Kaarli_(Someru)_vallavalitsus, lk 7
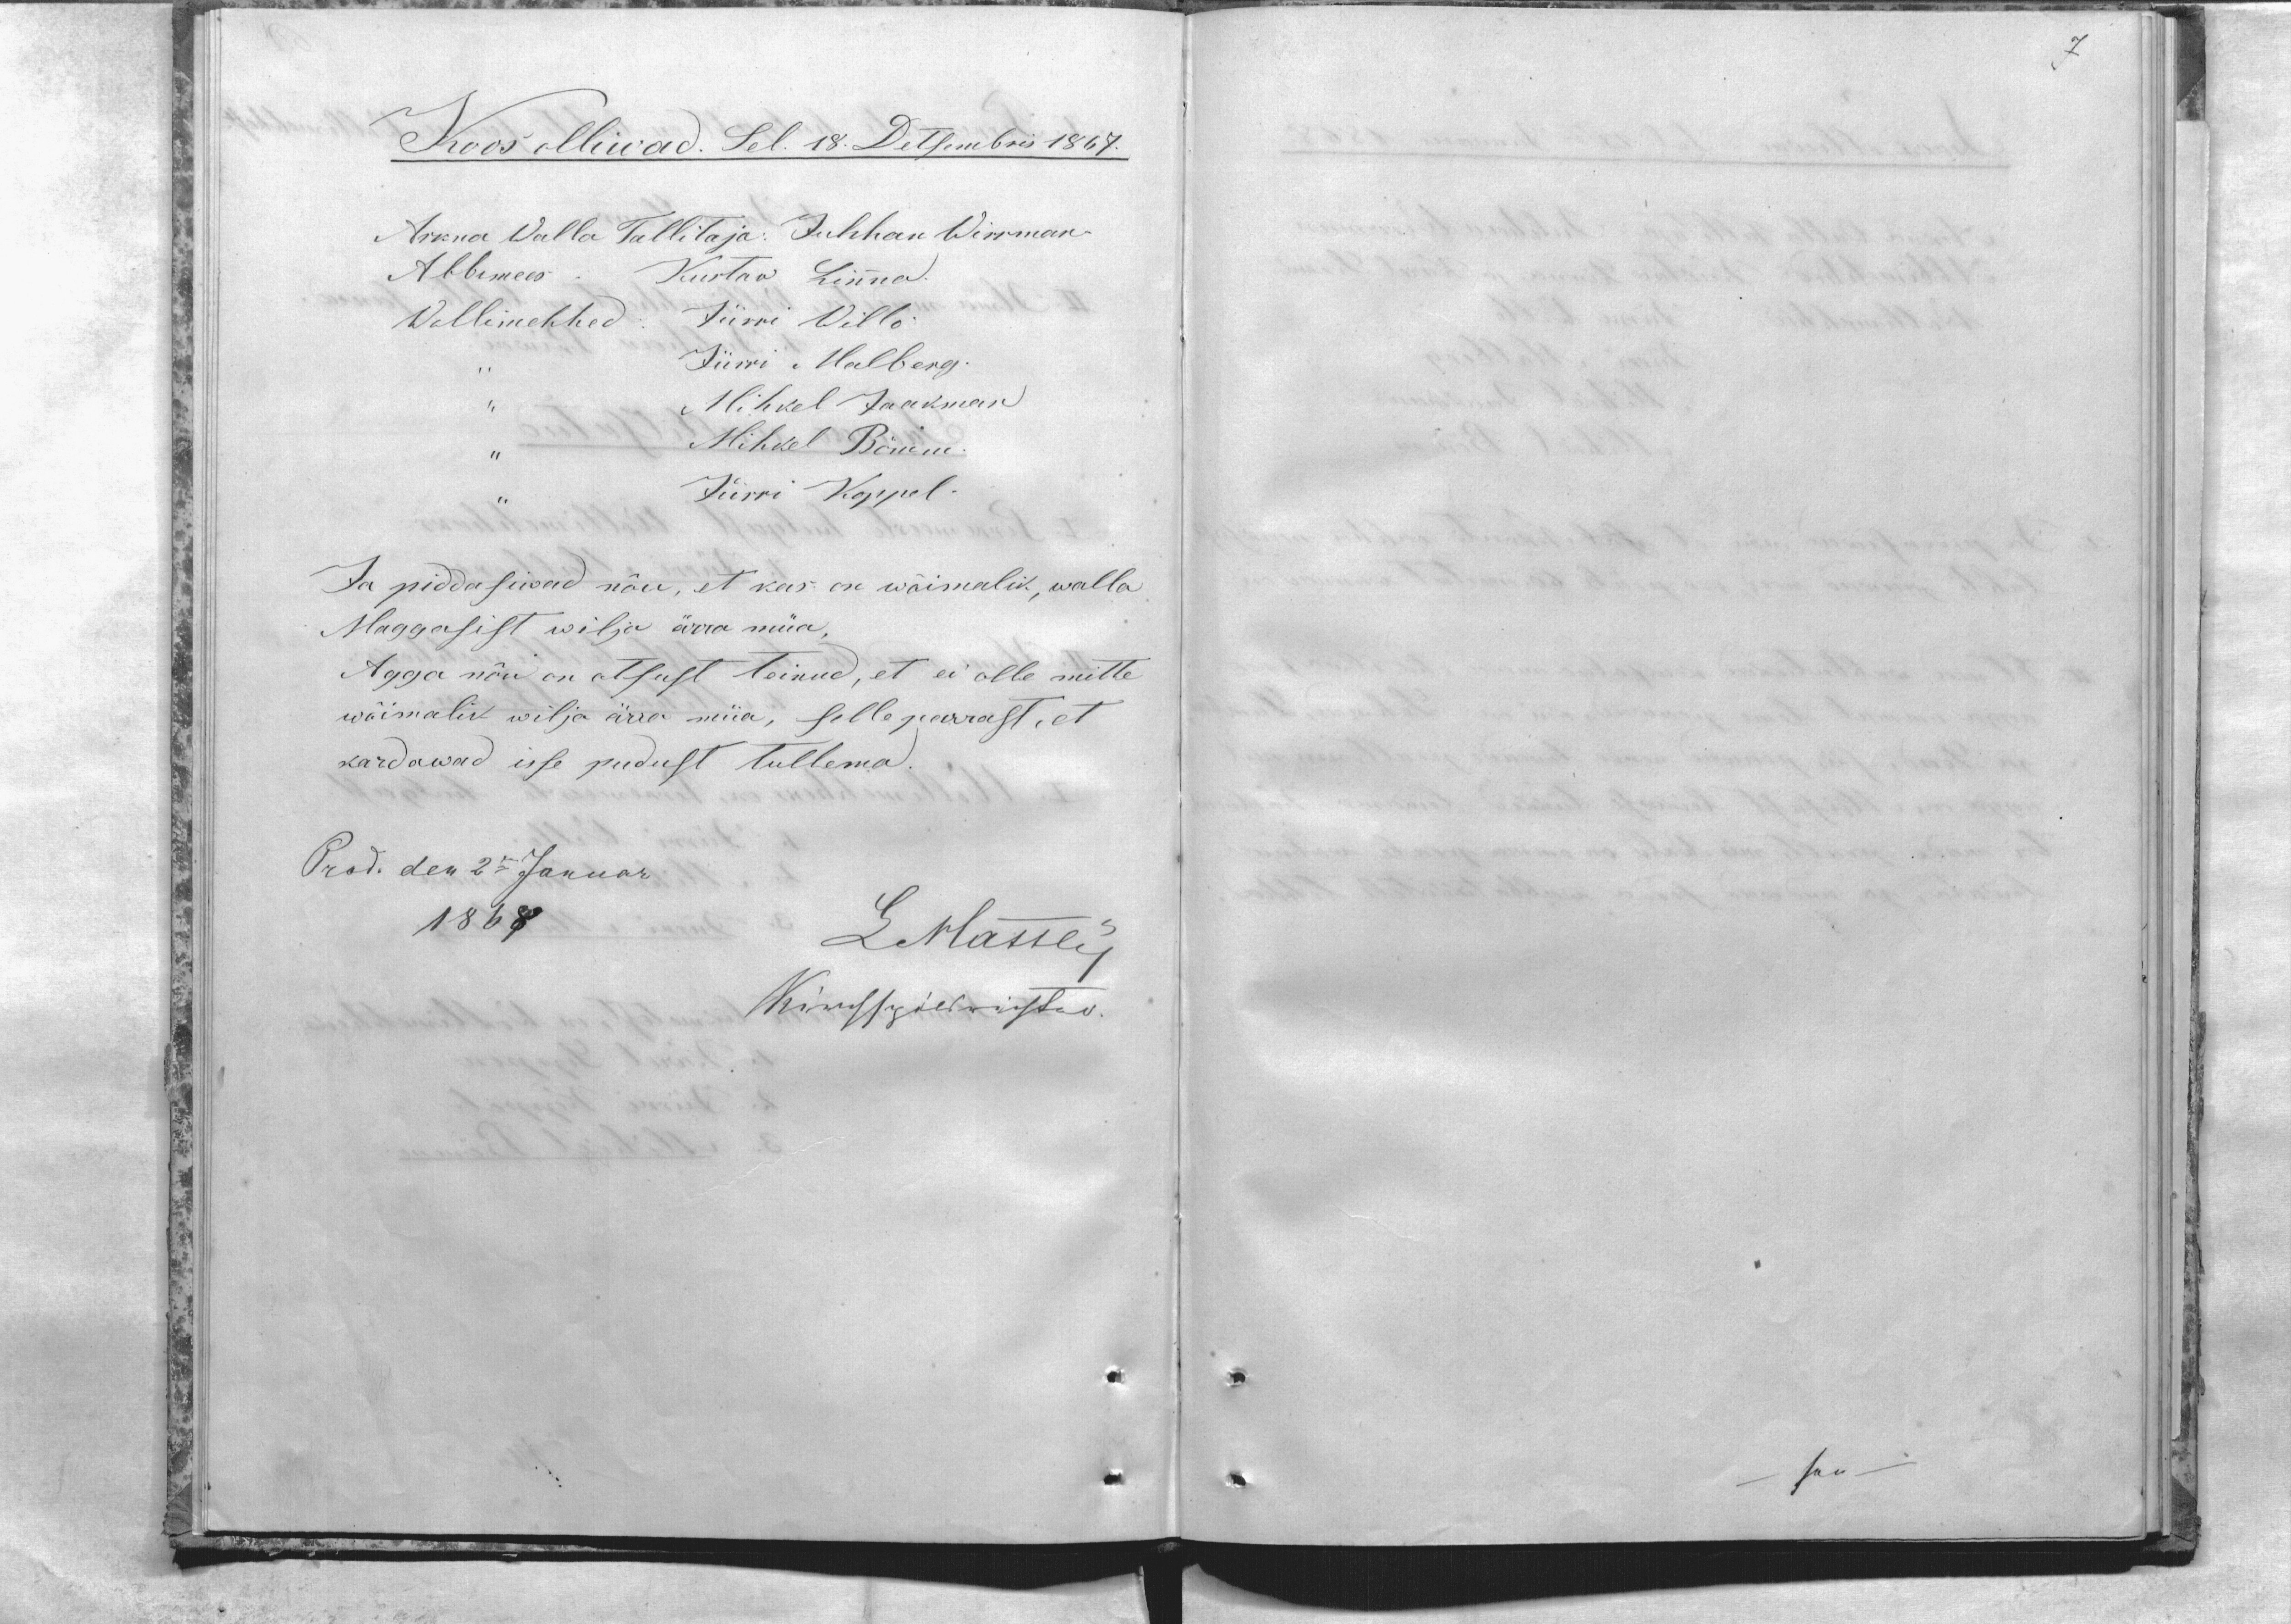
7

Koos olliwad. Sel. 18. Detsembris 1867.
Arkna Walla Tallitaja: Juhhan Wirrman
Abbimees: Kustav Linna.
Wollimehhed: Jürri Willo
,, Jürri Malberg
,, Mihkel Jaakman
,, Mihkel Bömm.
Jürri Koppel.
Ja piddasiwad nõu, et kas on wõimalik, walla
Maggasist wilja ärra müa,
Agga nõu on otsust teinud, et ei olle mitte
wõimalik wilja ärra müa, selleparrast, et
kardawad isse pudust tullema.
Prod.den 25 Januar
1868